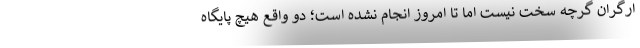
ارگران گرچه سخت نیست اما تا امروز انجام نشده است؛ دو واقع هیچ پایگاه